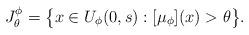
LaTeX: \begin{align*}J^\phi_\theta=\big\{x\in U_\phi(0,s): [\mu_\phi](x)>\theta\big\}.\end{align*}